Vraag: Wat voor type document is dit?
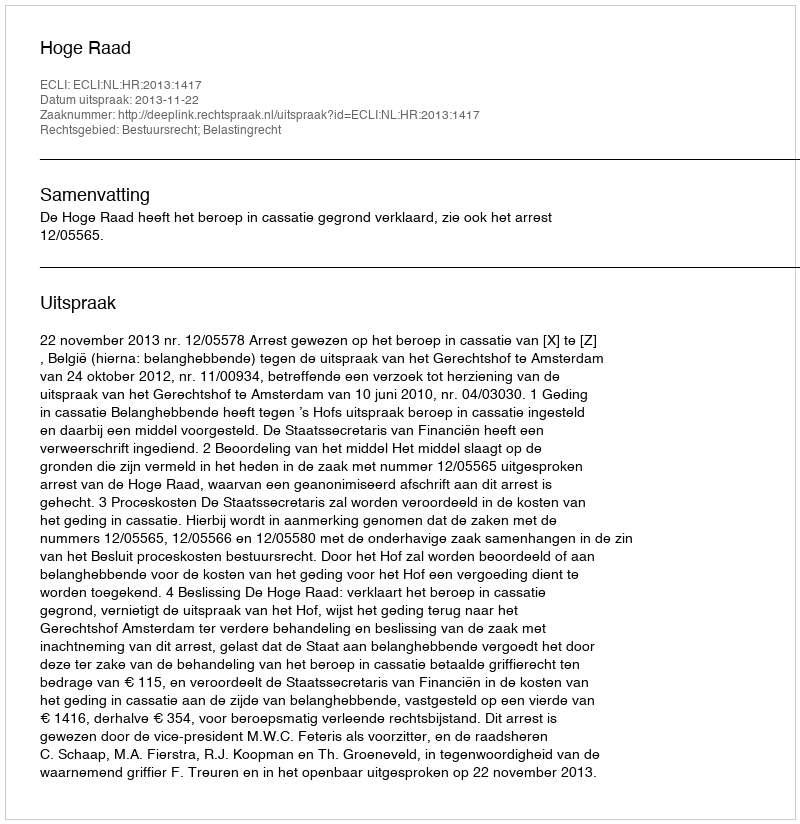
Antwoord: Uitspraak